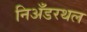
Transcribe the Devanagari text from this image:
निअँडरथल